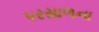
પરસાળના